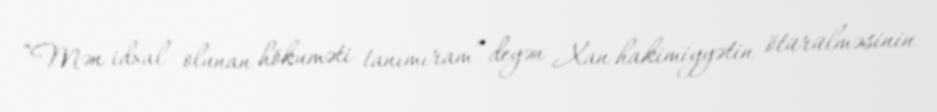
“Mən idxal olunan hökuməti tanımıram” deyən Xan hakimiyyətin ötürülməsinin